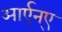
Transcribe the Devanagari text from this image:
आर्एन्ए